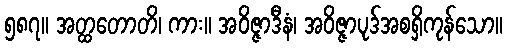
၅၈၇။ အတ္ထတောတိ၊ ကား။ အဝိဇ္ဇာဒီနံ၊ အဝိဇ္ဇာပုဒ်အစရှိကုန်သော။